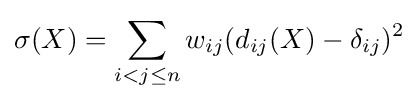
\sigma (X)=\sum _{i<j\leq n}w_{ij}(d_{ij}(X)-\delta _{ij})^{2}